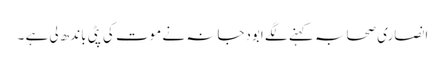
انصاری صحابہ کہنے لگے ابودجانہ نے موت کی پٹی باندھ لی ہے ۔